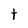
Character: t